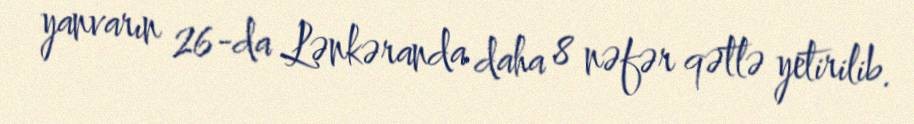
yanvarın 26-da Lənkəranda daha 8 nəfər qətlə yetirilib.